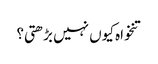
تنخواہ کیوں نہیں بڑھتی؟